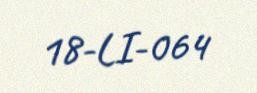
18-LI-064